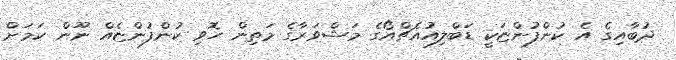
ދުބާއިގެ އެ ކުންފުންޏަކީ ޑަބްލިއުއެޗްއޯގެ މަޝްވަރާގެ މަތިން ހޮވި ކުންފުންޏެއް ނޫން ކަމަށް